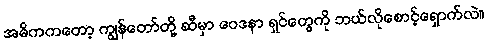
အဓိကကတော့ ကျွန်တော်တို့ ဆီမှာ ဝေဒနာ ရှင်တွေကို ဘယ်လိုစောင့်ရှောက်လဲ။